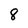
Character: 8